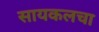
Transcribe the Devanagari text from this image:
सायकलचा